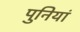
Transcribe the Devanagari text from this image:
पुनियां